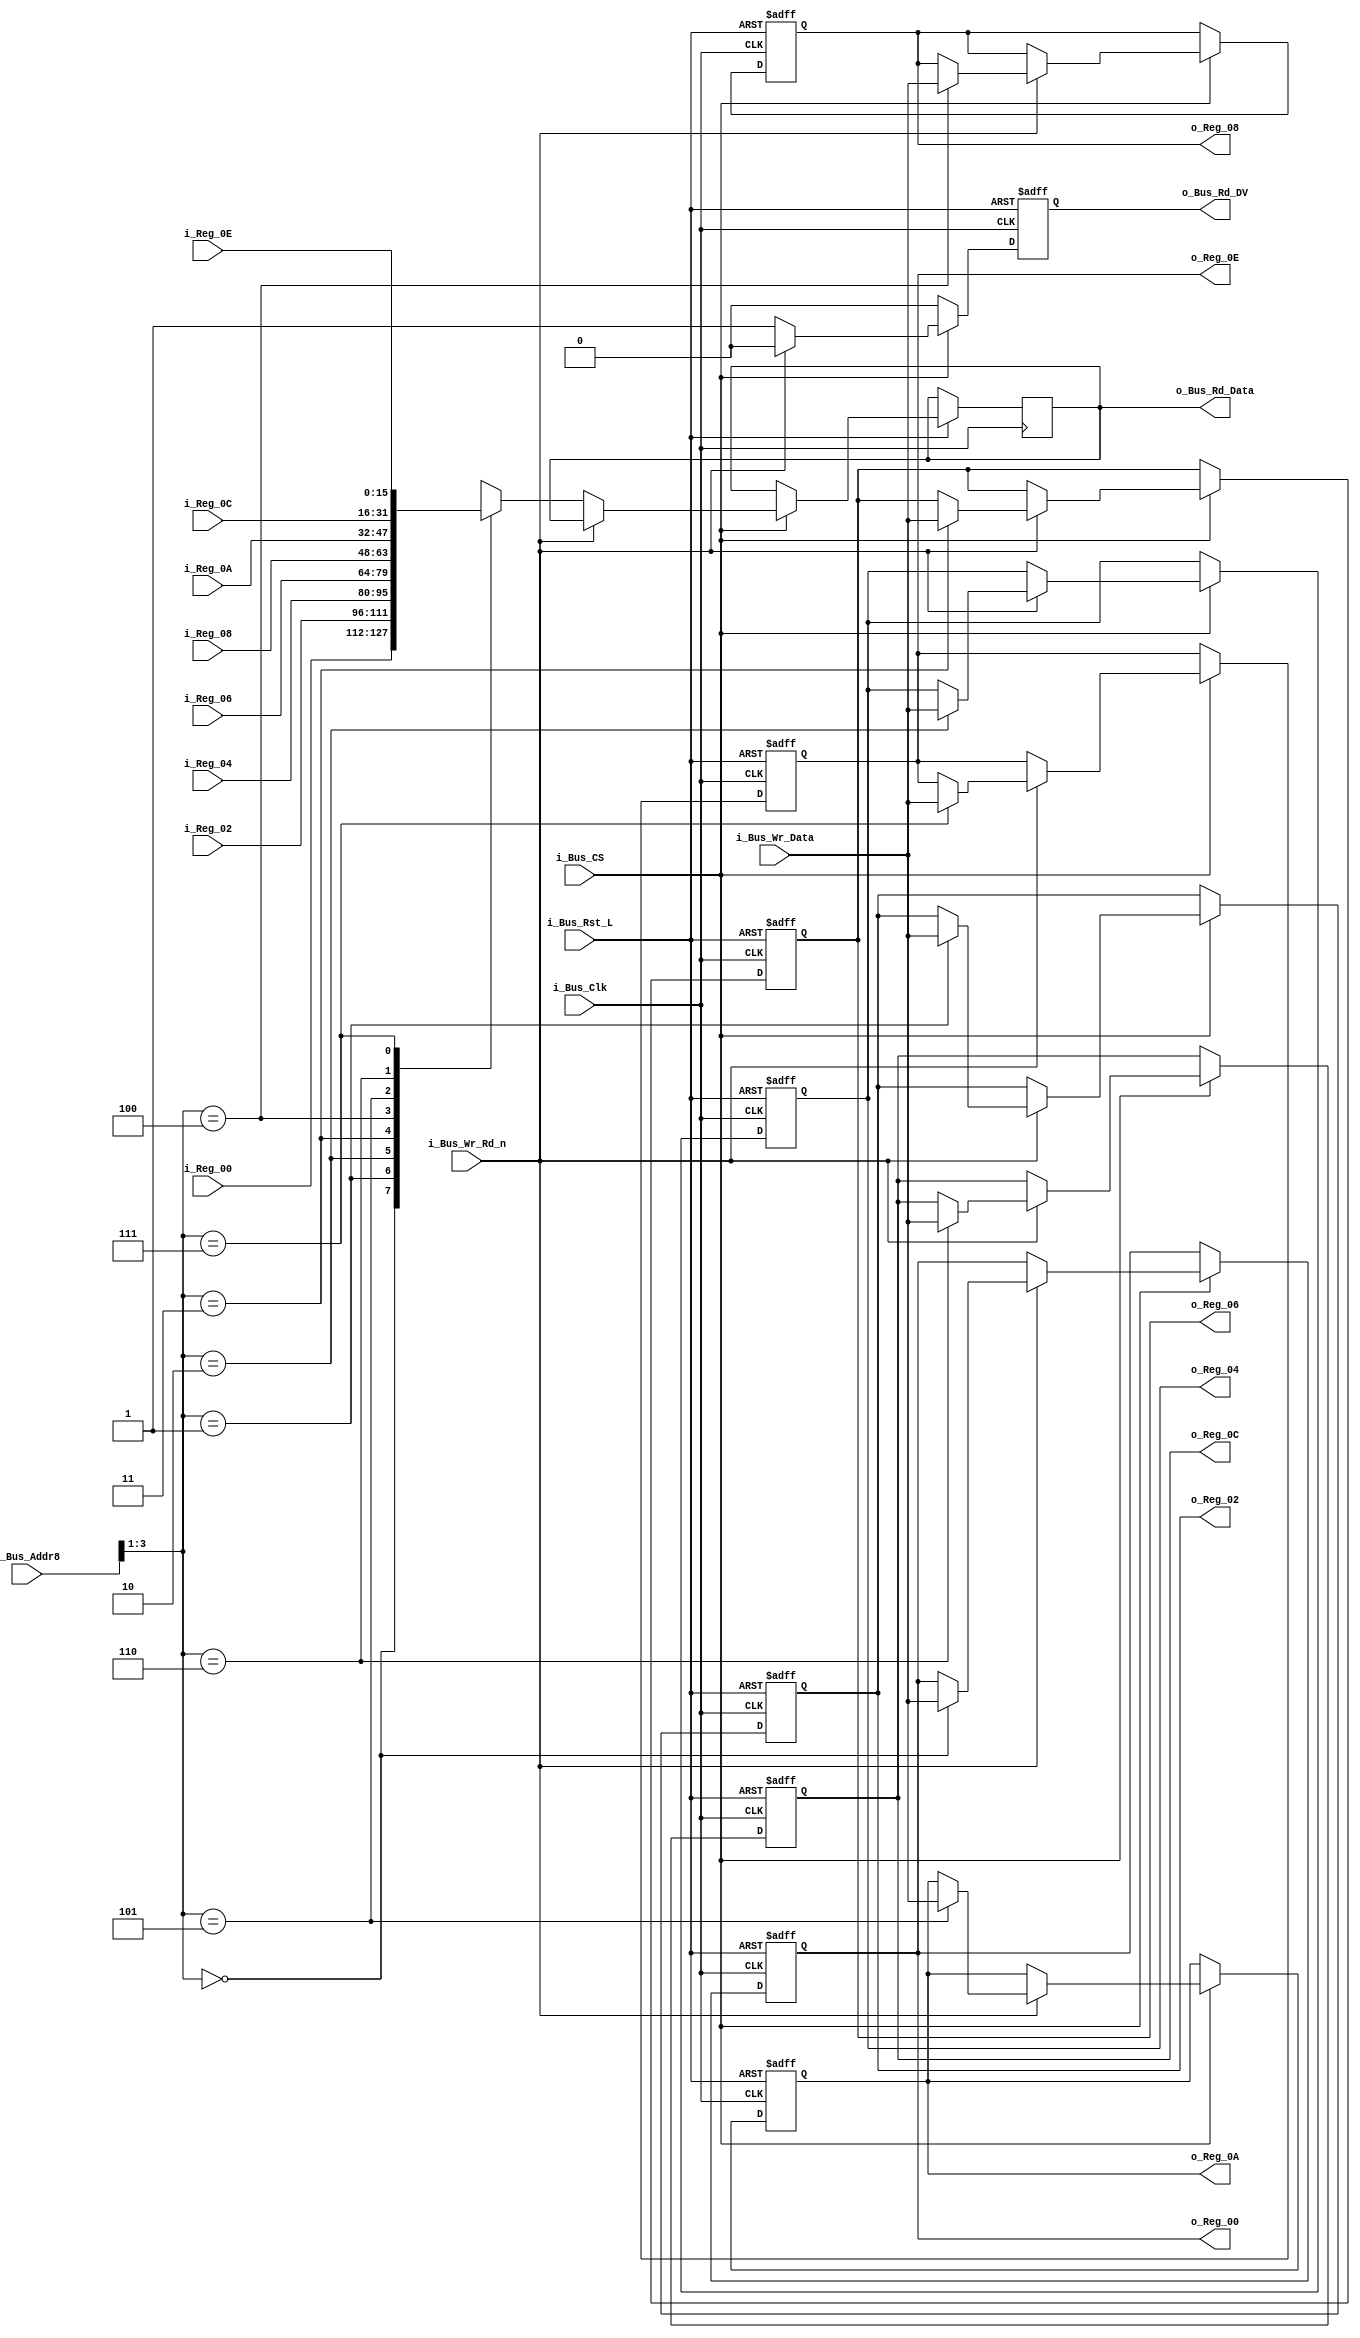
module Bus_Reg_X8 #(parameter INIT_00  = 0,
                    parameter INIT_02  = 0,
                    parameter INIT_04  = 0,
                    parameter INIT_06  = 0,
                    parameter INIT_08  = 0,
                    parameter INIT_0A  = 0,
                    parameter INIT_0C  = 0,
                    parameter INIT_0E  = 0)
 (input             i_Bus_Rst_L,
  input             i_Bus_Clk,
  input             i_Bus_CS,
  input             i_Bus_Wr_Rd_n,
  input [3:0]       i_Bus_Addr8,
  input [15:0]      i_Bus_Wr_Data,
  output reg [15:0] o_Bus_Rd_Data,
  output reg        o_Bus_Rd_DV,
  input [15:0]      i_Reg_00,
  input [15:0]      i_Reg_02,
  input [15:0]      i_Reg_04,
  input [15:0]      i_Reg_06,
  input [15:0]      i_Reg_08,
  input [15:0]      i_Reg_0A,
  input [15:0]      i_Reg_0C,
  input [15:0]      i_Reg_0E,
  output reg [15:0] o_Reg_00,
  output reg [15:0] o_Reg_02,
  output reg [15:0] o_Reg_04,
  output reg [15:0] o_Reg_06,
  output reg [15:0] o_Reg_08,
  output reg [15:0] o_Reg_0A,
  output reg [15:0] o_Reg_0C,
  output reg [15:0] o_Reg_0E);

  always @(posedge i_Bus_Clk or negedge i_Bus_Rst_L)
  begin
    if (~i_Bus_Rst_L)
    begin
      o_Bus_Rd_DV <= 1'b0;
      o_Reg_00   <= INIT_00;
      o_Reg_02   <= INIT_02;
      o_Reg_04   <= INIT_04;
      o_Reg_06   <= INIT_06;
      o_Reg_08   <= INIT_08;
      o_Reg_0A   <= INIT_0A;
      o_Reg_0C   <= INIT_0C;
      o_Reg_0E   <= INIT_0E;
    end
    else
    begin
      o_Bus_Rd_DV <= 1'b0;

      if (i_Bus_CS == 1'b1)
      begin
        if (i_Bus_Wr_Rd_n == 1'b1) // Write Command
        begin
          case (i_Bus_Addr8[3:1])
          3'b000 : o_Reg_00 <= i_Bus_Wr_Data;
          3'b001 : o_Reg_02 <= i_Bus_Wr_Data;
          3'b010 : o_Reg_04 <= i_Bus_Wr_Data;
          3'b011 : o_Reg_06 <= i_Bus_Wr_Data;
          3'b100 : o_Reg_08 <= i_Bus_Wr_Data;
          3'b101 : o_Reg_0A <= i_Bus_Wr_Data;
          3'b110 : o_Reg_0C <= i_Bus_Wr_Data;
          3'b111 : o_Reg_0E <= i_Bus_Wr_Data;
          endcase
        end
        else // Read Command
        begin
          o_Bus_Rd_DV   <= 1'b1;
          
          case (i_Bus_Addr8[3:1])
          3'b000 : o_Bus_Rd_Data <= i_Reg_00;
          3'b001 : o_Bus_Rd_Data <= i_Reg_02;
          3'b010 : o_Bus_Rd_Data <= i_Reg_04;
          3'b011 : o_Bus_Rd_Data <= i_Reg_06;
          3'b100 : o_Bus_Rd_Data <= i_Reg_08;
          3'b101 : o_Bus_Rd_Data <= i_Reg_0A;
          3'b110 : o_Bus_Rd_Data <= i_Reg_0C;
          3'b111 : o_Bus_Rd_Data <= i_Reg_0E;
          endcase 
        end // else: !if(i_Bus_Wr_Rd_n == 1'b1)
      end // if (i_Bus_CS == 1'b1)
    end // else: !if(!i_Bus_Rst_L)
  end // always @ (posedge i_Bus_Clk or negedge i_Bus_Rst_L)

endmodule